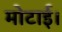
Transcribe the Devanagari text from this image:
मोटाई।